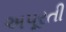
અપૂરતી